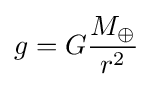
g=G{\frac {M_{\oplus }}{r^{2}}}